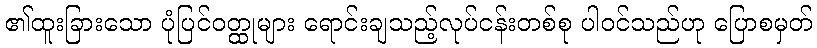
၏ထူးခြားသော ပုံပြင်ဝတ္ထုများ ရောင်းချသည့်လုပ်ငန်းတစ်စု ပါဝင်သည်ဟု ပြောစမှတ်